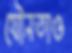
যৌনতাও